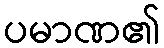
ပမာဏ၏